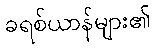
ခရစ်ယာန်များ၏